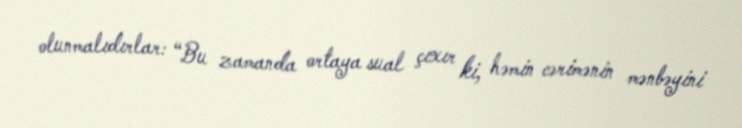
olunmalıdırlar: “Bu zamanda ortaya sual çıxır ki, həmin cərimənin mənbəyini